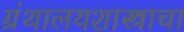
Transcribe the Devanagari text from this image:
ग्रंथालयशास्त्राचा